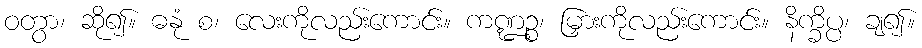
ဝတွာ၊ ဆို၍။ ဓနုံ စ၊ လေးကိုလည်းကောင်း။ ကဏ္ဍဉ္စ၊ မြှားကိုလည်းကောင်း။ နိက္ခိပ္ပ၊ ချ၍။